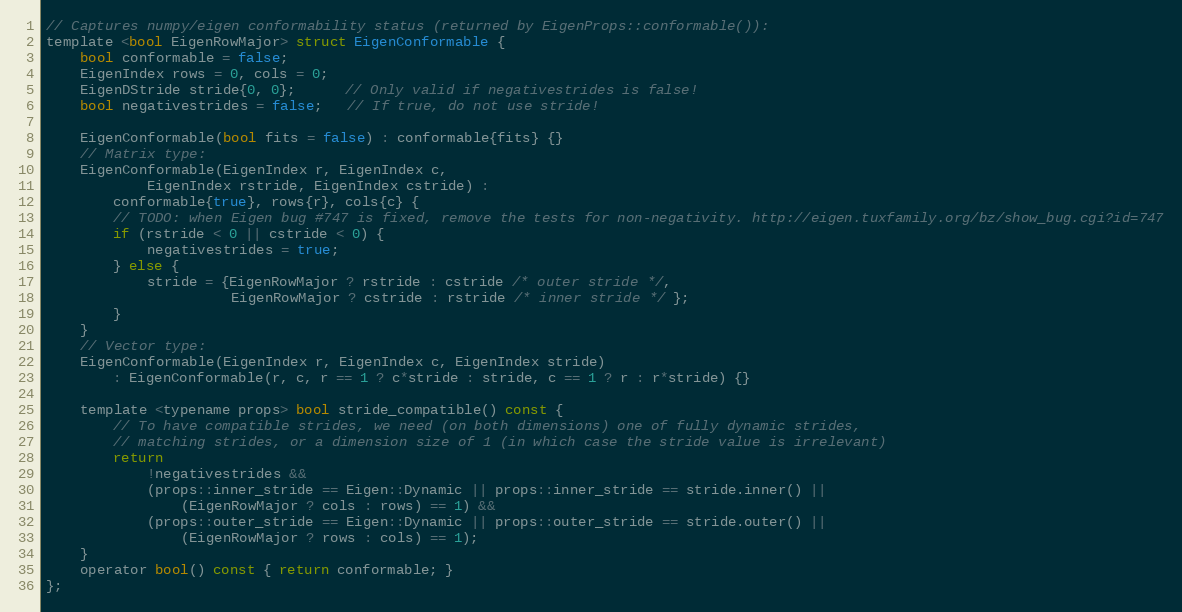
Language: C
// Captures numpy/eigen conformability status (returned by EigenProps::conformable()):
template <bool EigenRowMajor> struct EigenConformable {
    bool conformable = false;
    EigenIndex rows = 0, cols = 0;
    EigenDStride stride{0, 0};      // Only valid if negativestrides is false!
    bool negativestrides = false;   // If true, do not use stride!

    EigenConformable(bool fits = false) : conformable{fits} {}
    // Matrix type:
    EigenConformable(EigenIndex r, EigenIndex c,
            EigenIndex rstride, EigenIndex cstride) :
        conformable{true}, rows{r}, cols{c} {
        // TODO: when Eigen bug #747 is fixed, remove the tests for non-negativity. http://eigen.tuxfamily.org/bz/show_bug.cgi?id=747
        if (rstride < 0 || cstride < 0) {
            negativestrides = true;
        } else {
            stride = {EigenRowMajor ? rstride : cstride /* outer stride */,
                      EigenRowMajor ? cstride : rstride /* inner stride */ };
        }
    }
    // Vector type:
    EigenConformable(EigenIndex r, EigenIndex c, EigenIndex stride)
        : EigenConformable(r, c, r == 1 ? c*stride : stride, c == 1 ? r : r*stride) {}

    template <typename props> bool stride_compatible() const {
        // To have compatible strides, we need (on both dimensions) one of fully dynamic strides,
        // matching strides, or a dimension size of 1 (in which case the stride value is irrelevant)
        return
            !negativestrides &&
            (props::inner_stride == Eigen::Dynamic || props::inner_stride == stride.inner() ||
                (EigenRowMajor ? cols : rows) == 1) &&
            (props::outer_stride == Eigen::Dynamic || props::outer_stride == stride.outer() ||
                (EigenRowMajor ? rows : cols) == 1);
    }
    operator bool() const { return conformable; }
};